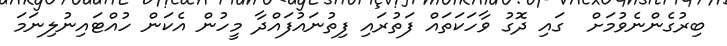
ބިރުގެންނެވުމަށް  ގައި ދޮގު ވާހަކަތައް ފަތުރައި ފިތުނައުފައްދާ މީހުން އެކަން ހުއްޓައިނުލިނަމަ